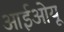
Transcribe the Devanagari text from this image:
आईओयू